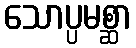
သောပ္ပမစ္ဆာ